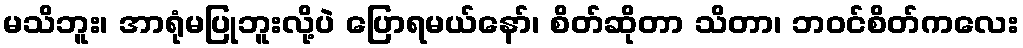
မသိဘူး၊ အာရုံမပြုဘူးလို့ပဲ ပြောရမယ်နော်၊ စိတ်ဆိုတာ သိတာ၊ ဘဝင်စိတ်ကလေး